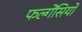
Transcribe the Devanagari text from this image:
फल्गेंसियो